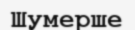
Шумерше